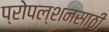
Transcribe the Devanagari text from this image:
प्रोपल्शनसाठी